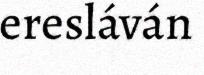
eresláván